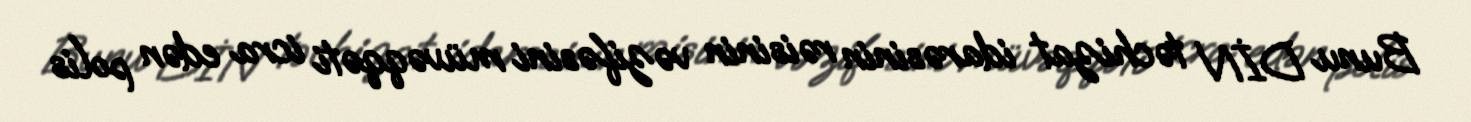
Bunu DİN təchizat idarəsinin rəisinin vəzifəsini müvəqqəti icra edən polis